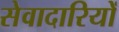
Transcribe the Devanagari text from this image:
सेवादारियों